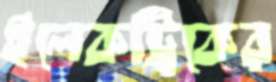
ইলেকট্রিকের